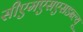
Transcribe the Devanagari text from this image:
सीएमएसएसडब्ल्यू